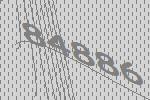
84886